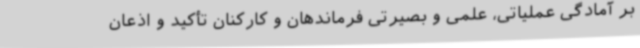
بر آمادگی عملیاتی، علمی و بصیرتی فرماندهان و کارکنان تأکید و اذعان